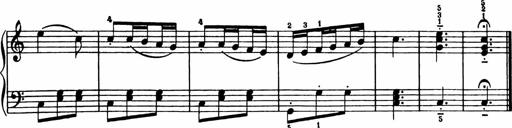
Title: Analytical Sonatinas
Composer: Frank Lynes